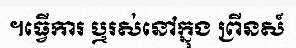
។ធ្វើការ ឬរស់នៅក្នុង ព្រីនស៍